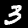
Digit: 3